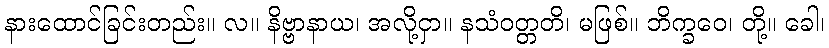
နားထောင်ခြင်းတည်း။ လ။ နိဗ္ဗာနာယ၊ အလို့ငှာ။ နသံဝတ္တတိ၊ မဖြစ်။ ဘိက္ခဝေ၊ တို့။ ခေါ၊